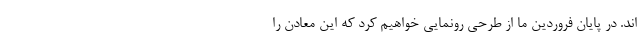
اند. در پایان فروردین ما از طرحی رونمایی خواهیم کرد که این معادن را